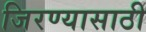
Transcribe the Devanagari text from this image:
जिरण्यासाठी